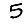
Digit: 5